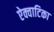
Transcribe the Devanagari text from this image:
ऐक्वाटिका